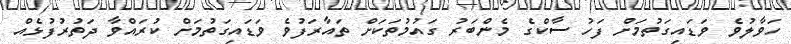
ހަވާލުވެ ވަޑައިގަތުމަށް ފަހު ސާކްގެ މެންބަރު ގައުމުތަކަށް ތައާރަފުވެ ވަޑައިގަތުމަށް ކުރައްވާ ދަތުރުފުޅެއް